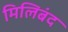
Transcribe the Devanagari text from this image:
मिलिबंद